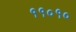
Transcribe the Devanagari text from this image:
११०१०